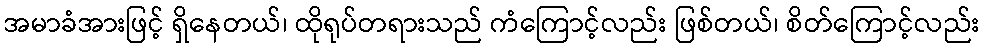
အမာခံအားဖြင့် ရှိနေတယ်၊ ထိုရုပ်တရားသည် ကံကြောင့်လည်း ဖြစ်တယ်၊ စိတ်ကြောင့်လည်း